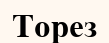
Торез